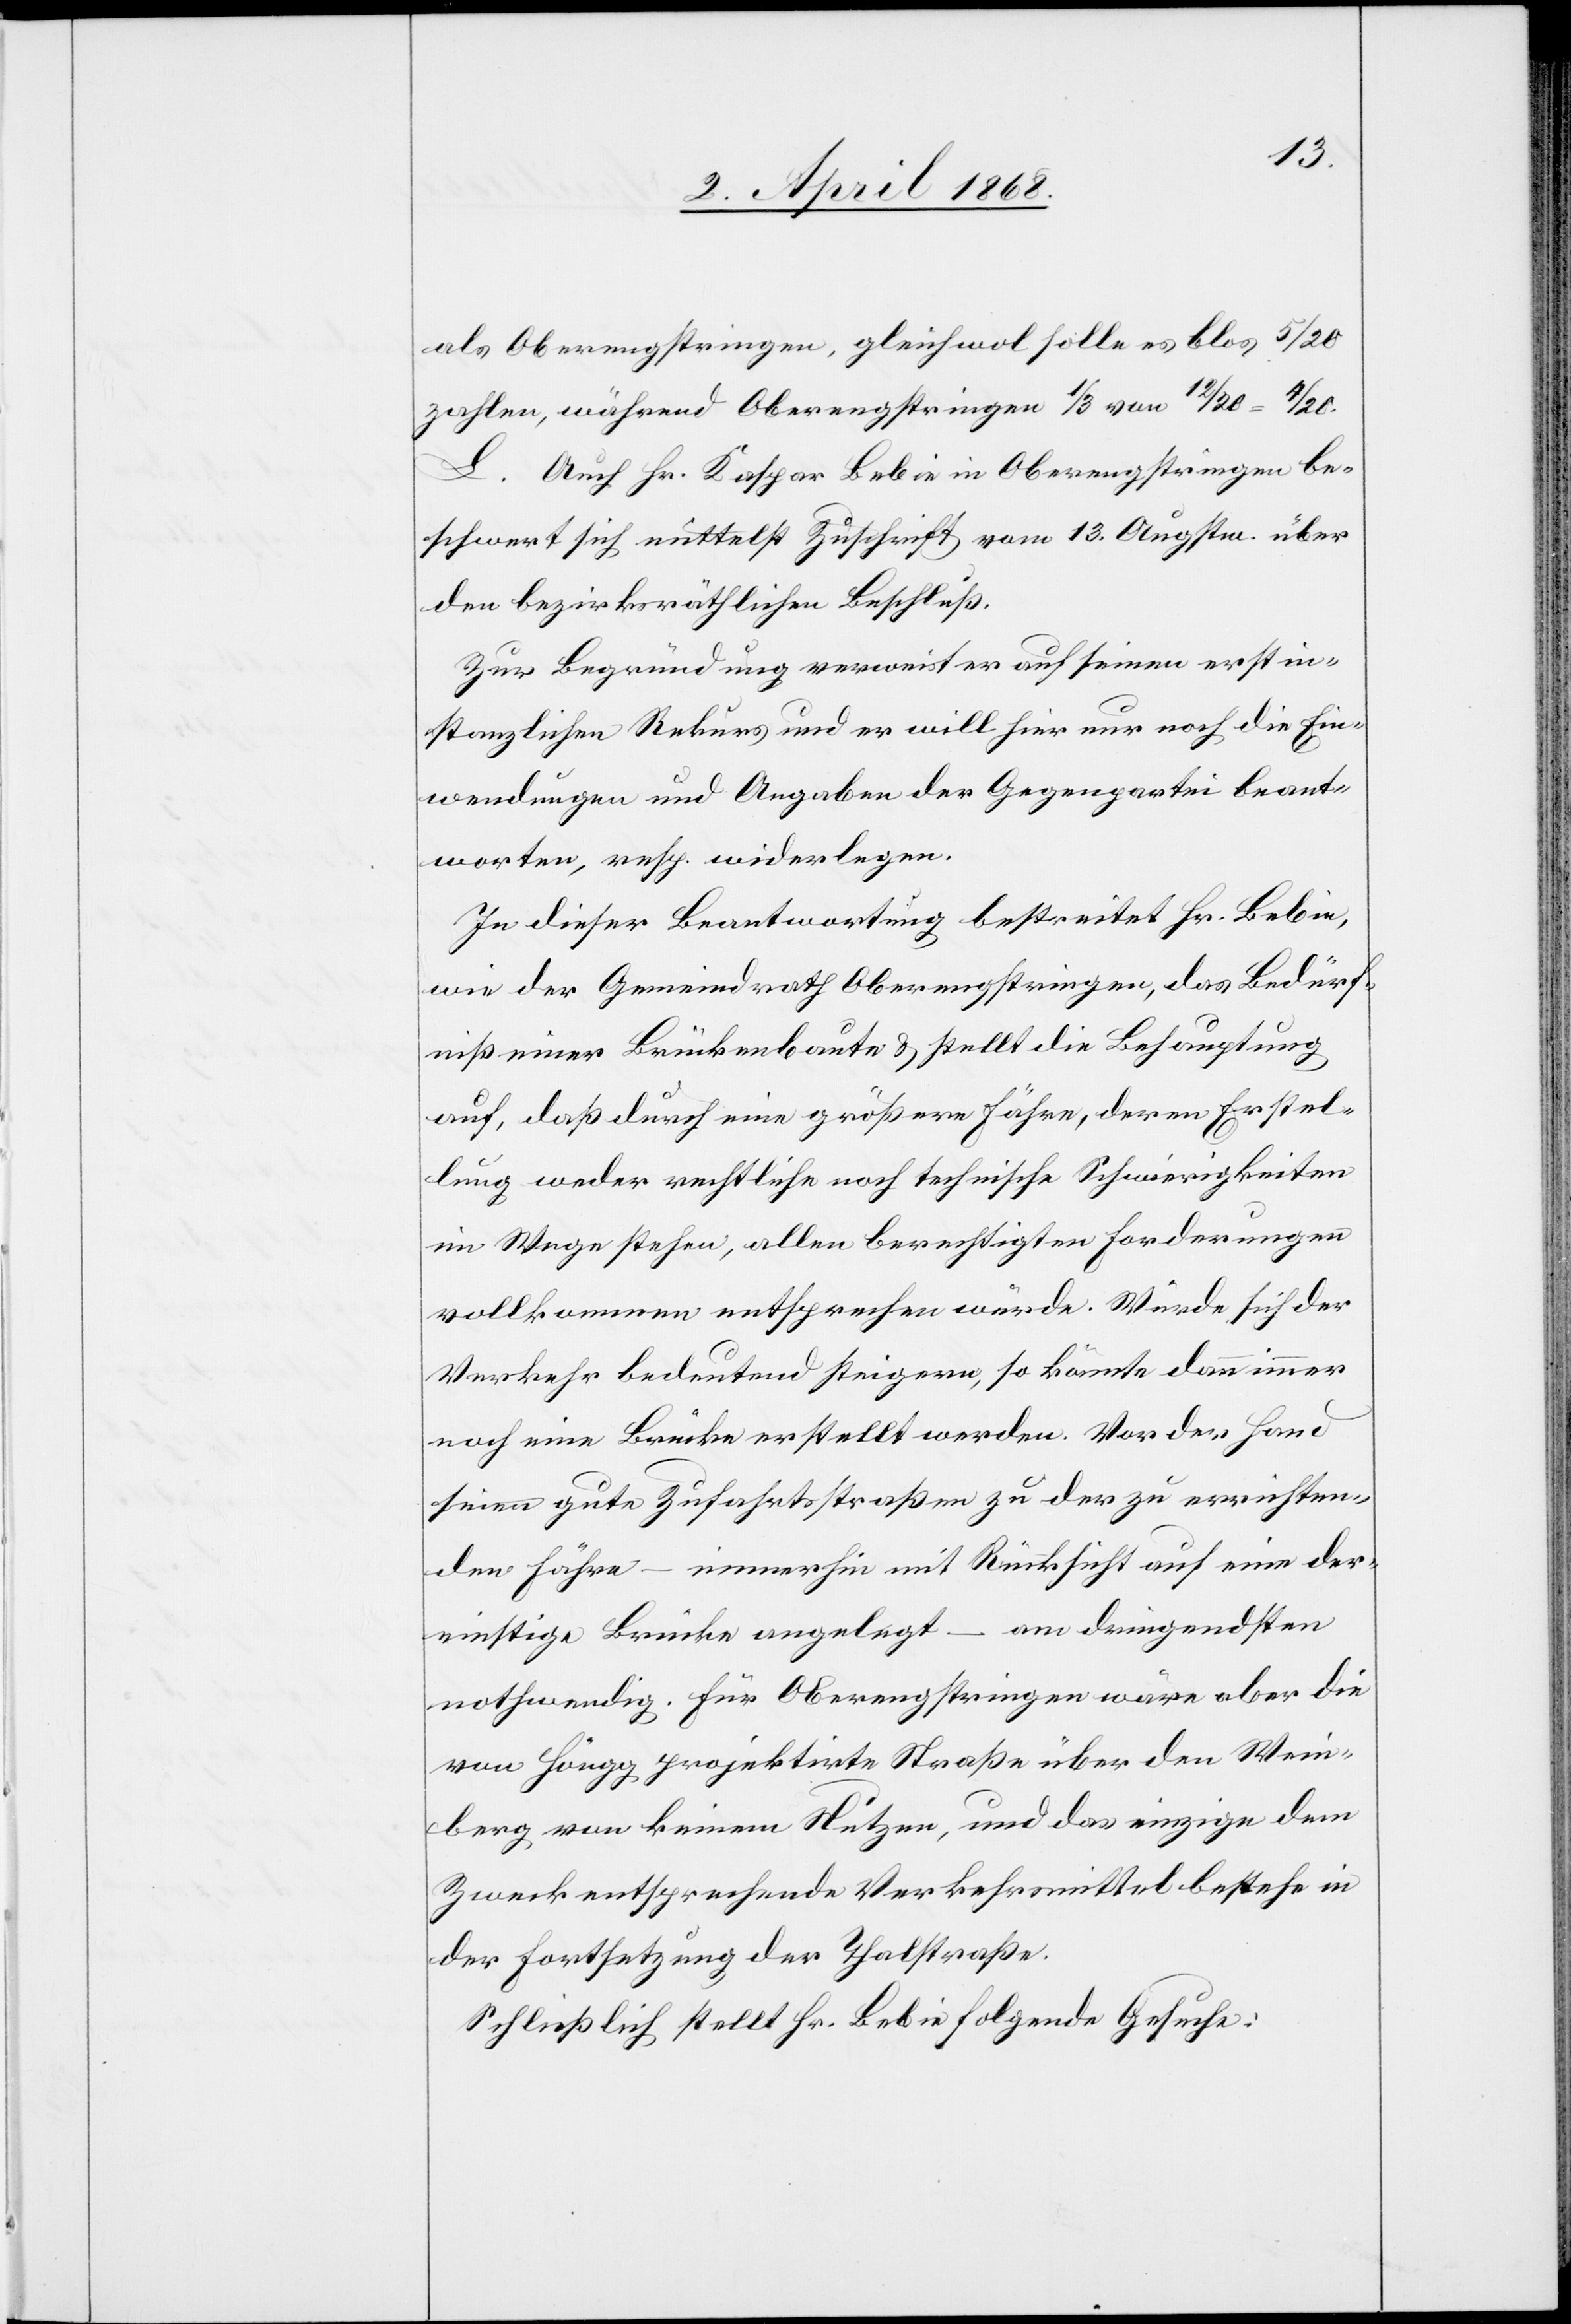
als Oberengstringen, gleichwol solle es blos 5/20
zahlen, während Oberengstringen 1/3 von 12/20 =
L. Auch Hr. Kaspar Bebie in Oberengstringen be¬
schwert sich mittelst Zuschrift vom 13. Augstm. über
den bezirksräthlichen Beschluß.
Zur Begründung verweist er auf seinen erstin¬
stanzlichen Rekurs und er will hier nur noch die Ein¬
wendungen und Angaben der Gegenpartei beant¬
worten, resp. widerlegen.
In dieser Beantwortung bestreitet Hr. Bebie,
wie der Gemeindrath Oberengstringen, das Bedürf¬
niß einer Brückenbaute & stellt die Behauptung
auf, daß durch [sic!] eine größere Fähre, deren Erstel¬
lung weder rechtliche noch technische Schwierigkeiten
im Wege stehen, allen berechtigten Forderungen
vollkommen entsprechen würde. Würde sich der
Verkehr bedeutend steigern, so könnte dann immer
noch eine Brücke erstellt werden. Vor der Hand
seien gute Zufahrtsstraßen zu der zu errichten¬
den Fähre – immerhin mit Rücksicht auf eine der¬
einstige Brücke angelegt – am dringendsten
nothwendig. Für Oberengstringen wäre aber die
von Höngg projektirte Straße über den Wein¬
berg von keinem Nutzen, und das einzige dem
Zweck entsprechende Verkehrsmittel bestehe in
der Fortsetzung der Thalstraße.
Schließlich stellt Hr. Bebie folgende Gesuche: